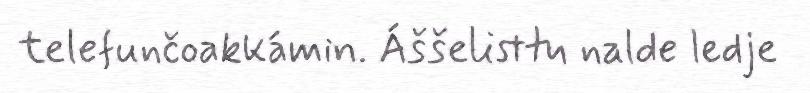
telefunčoakkámin. Áššelisttu nalde ledje